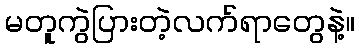
မတူကွဲပြားတဲ့လက်ရာတွေနဲ့။